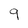
Character: 9